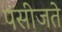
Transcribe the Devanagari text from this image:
पसीजते